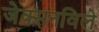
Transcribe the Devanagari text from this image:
जेक्सनविले